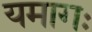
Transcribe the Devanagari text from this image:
यमागः